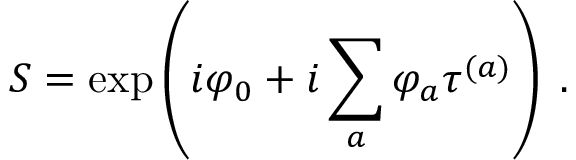
S = \exp \left( i \varphi _ { 0 } + i \sum _ { a } \varphi _ { a } \tau ^ { ( a ) } \right) \; .